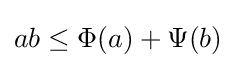
ab\leq \Phi (a)+\Psi (b)